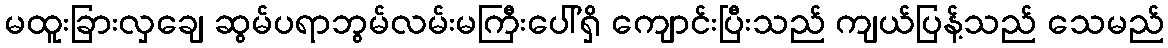
မထူးခြားလှချေ ဆွမ်ပရာဘွမ်လမ်းမကြီးပေါ်ရှိ ကျောင်းပြီးသည် ကျယ်ပြန့်သည် သေမည်